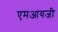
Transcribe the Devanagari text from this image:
एमआयजी